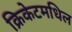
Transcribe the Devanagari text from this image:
क्रिकेटमधिल